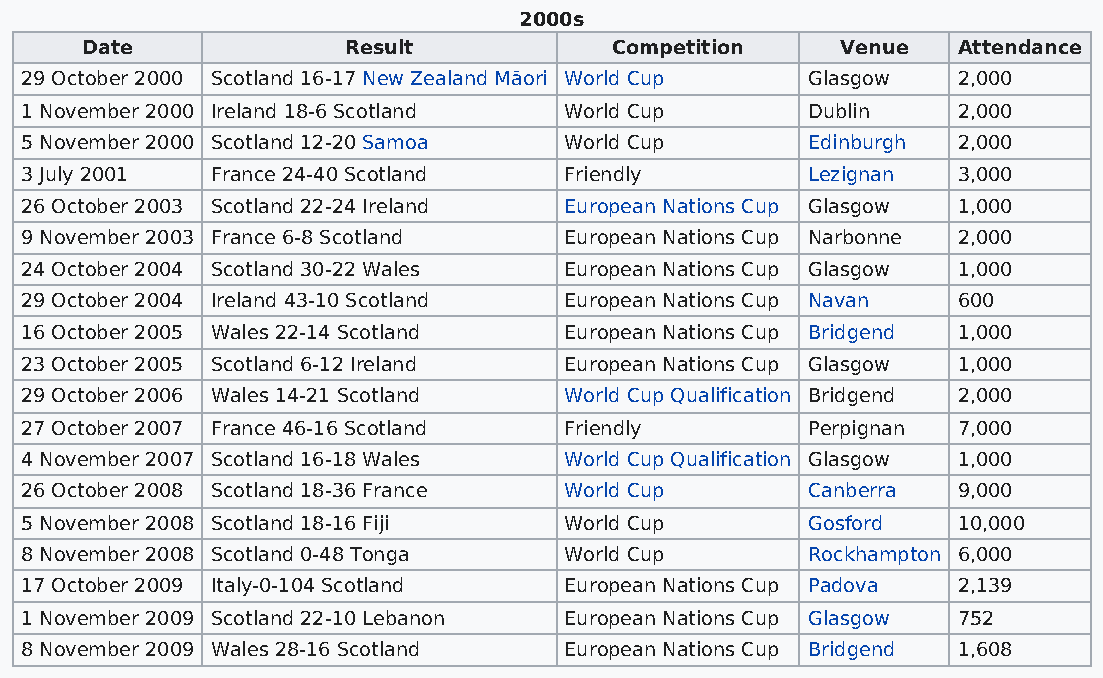
2000s
 Date              Result           Competition     Venue  Attendance
 29 October 2000 Scotland 16-17 New Zealand Māori World Cup Glasgow 2,000
 1 November 2000 Ireland 18-6 Scotland World Cup     Dublin    2,000
 5 November 2000 Scotland 12-20 Samoa World Cup      Edinburgh 2,000
 3 July 2001  France 24-40 Scotland  Friendly        Lezignan  3,000
 26 October 2003 Scotland 22-24 Ireland European Nations Cup Glasgow 1,000
 9 November 2003 France 6-8 Scotland European Nations Cup Narbonne 2,000
 24 October 2004 Scotland 30-22 Wales European Nations Cup Glasgow 1,000
 29 October 2004 Ireland 43-10 Scotland European Nations Cup Navan 600
 16 October 2005 Wales 22-14 Scotland European Nations Cup Bridgend 1,000
 23 October 2005 Scotland 6-12 Ireland European Nations Cup Glasgow 1,000
 29 October 2006 Wales 14-21 Scotland World Cup Qualification Bridgend 2,000
 27 October 2007 France 46-16 Scotland Friendly      Perpignan 7,000
 4 November 2007 Scotland 16-18 Wales World Cup Qualification Glasgow 1,000
 26 October 2008 Scotland 18-36 France World Cup     Canberra  9,000
 5 November 2008 Scotland 18-16 Fiji World Cup       Gosford   10,000
 8 November 2008 Scotland 0-48 Tonga World Cup       Rockhampton 6,000
 17 October 2009 Italy-0-104 Scotland European Nations Cup Padova 2,139
 1 November 2009 Scotland 22-10 Lebanon European Nations Cup Glasgow 752
 8 November 2009 Wales 28-16 Scotland European Nations Cup Bridgend 1,608